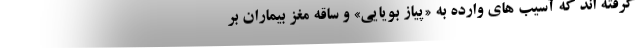
گرفته اند که آسیب های وارده به «پیاز بویایی» و ساقه مغز بیماران بر